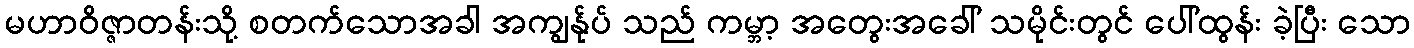
မဟာဝိဇ္ဇာတန်းသို့ စတက်သောအခါ အကျွန်ုပ် သည် ကမ္ဘာ့ အတွေးအခေါ် သမိုင်းတွင် ပေါ်ထွန်း ခဲ့ပြီး သော